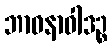
ဘာဝနာဝါဒဉ္စ